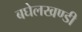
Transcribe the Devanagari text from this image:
बघेलखण्डी